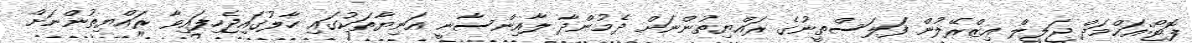
ފޮޓޯ:އަޙްމަދް ޖަލީލް އިޒްރޭލުން ފަަލަސްތީނުގެ ރައްޔިތުންނަށް ދެމުންދާ ލާއިންސާނީ އަނިޔާތަކުގައި ހާލުގައިޖެހިފައިވާ ރައްޔިތުންނަށް